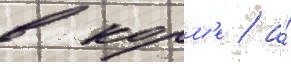
в корм'е / а́